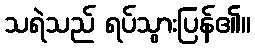
သရဲသည် ရပ်သွားပြန်၏။